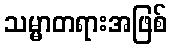
သမ္မာတရားအဖြစ်